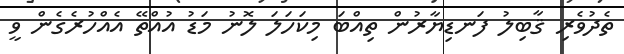
ތެދުވެރި ޤާބިލު ފަނޑިޔާރުން ތިއްބަ މިކަހަލަ ލޮނު މަޑު އުއްތޭ އެއްހުރެގެން ވީ